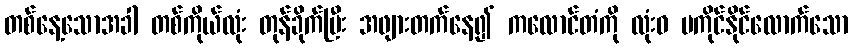
တစ်နေ့သောအခါ တစ်ကိုယ်လုံး တုန်ခိုက်ပြီး အဖျားတက်နေ၍ ကလောင်တံကို လုံးဝ မကိုင်နိုင်လောက်သော